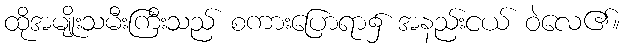
ထိုအမျိုးသမီးကြီးသည် စကားပြောရာ၌ အနည်းငယ် ဝဲလေ၏။